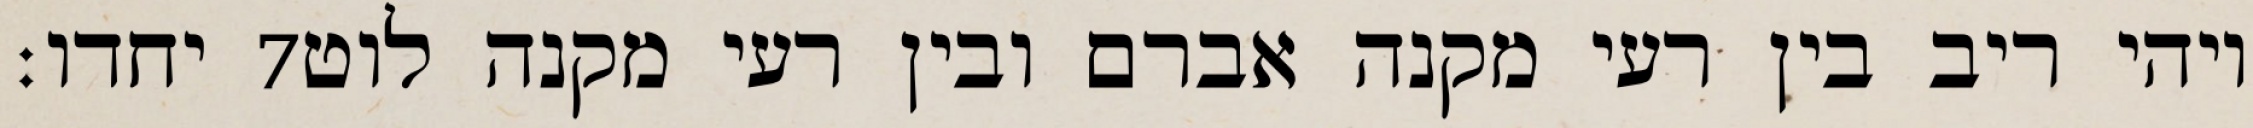
יחדו׃ ‎7‏ ויהי ריב בין רעי מקנה אברם ובין רעי מקנה לוט